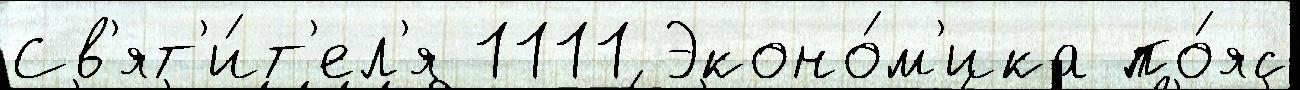
Св'ят'и́т'ел'я 1111 Эконо́м'ика по́яс